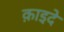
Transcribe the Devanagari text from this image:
क़ाइदे